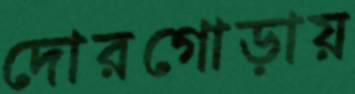
দোরগোড়ায়